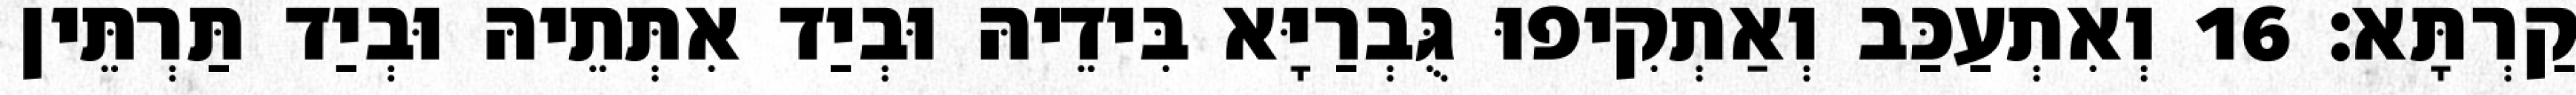
קַרְתָּא׃ 16 וְאִתְעַכַּב וְאַתְקִיפוּ גֻּבְרַיָּא בִּידֵיהּ וּבְיַד אִתְּתֵיהּ וּבְיַד תַּרְתֵּין